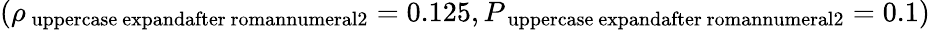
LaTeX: (\rho_{\mathrm{\ uppercase\ expandafter{\ romannumeral2}}}=0.125,P_{\mathrm{\ uppercase\ expandafter{\ romannumeral2}}}=0.1)